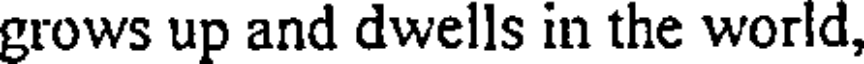
grows up and dwells in the world,